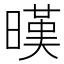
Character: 暵